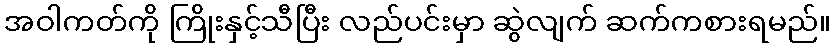
အဝါကတ်ကို ကြိုးနှင့်သီပြီး လည်ပင်းမှာ ဆွဲလျက် ဆက်ကစားရမည်။